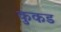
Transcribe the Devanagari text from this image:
कुकड